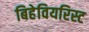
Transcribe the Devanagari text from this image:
बिहेवियरिस्ट